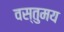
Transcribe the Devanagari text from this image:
वस्तुमय